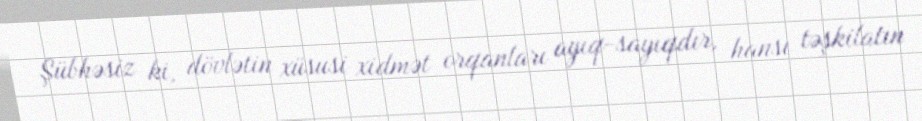
Şübhəsiz ki, dövlətin xüsusi xidmət orqanları ayıq-sayıqdır, hansı təşkilatın